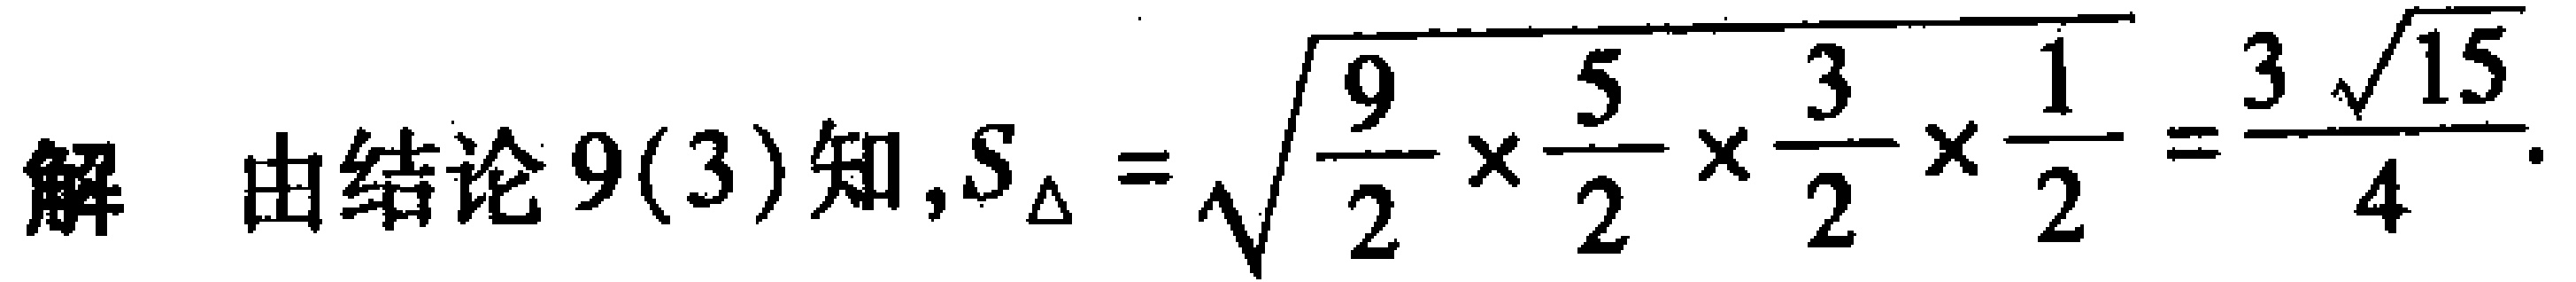
解 由结论 9(3)知,$S_{\triangle}=\sqrt{\frac{9}{2}\times\frac{5}{2}\times\frac{3}{2}\times\frac{1}{2}}=\frac{3\sqrt{15}}{4}$.